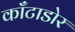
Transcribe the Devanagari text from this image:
काँटाडोर